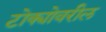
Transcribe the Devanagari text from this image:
टोक्योवरील